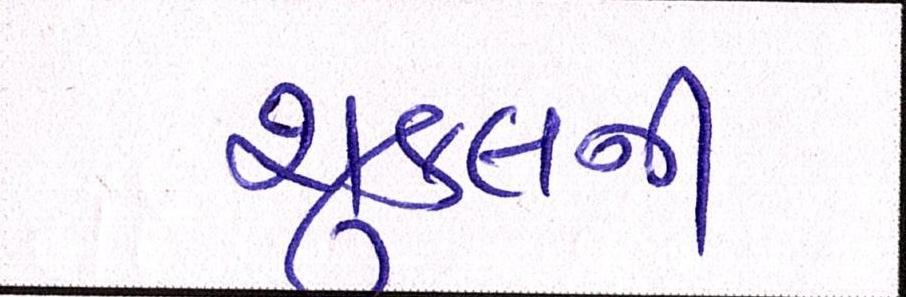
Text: શુક્લની